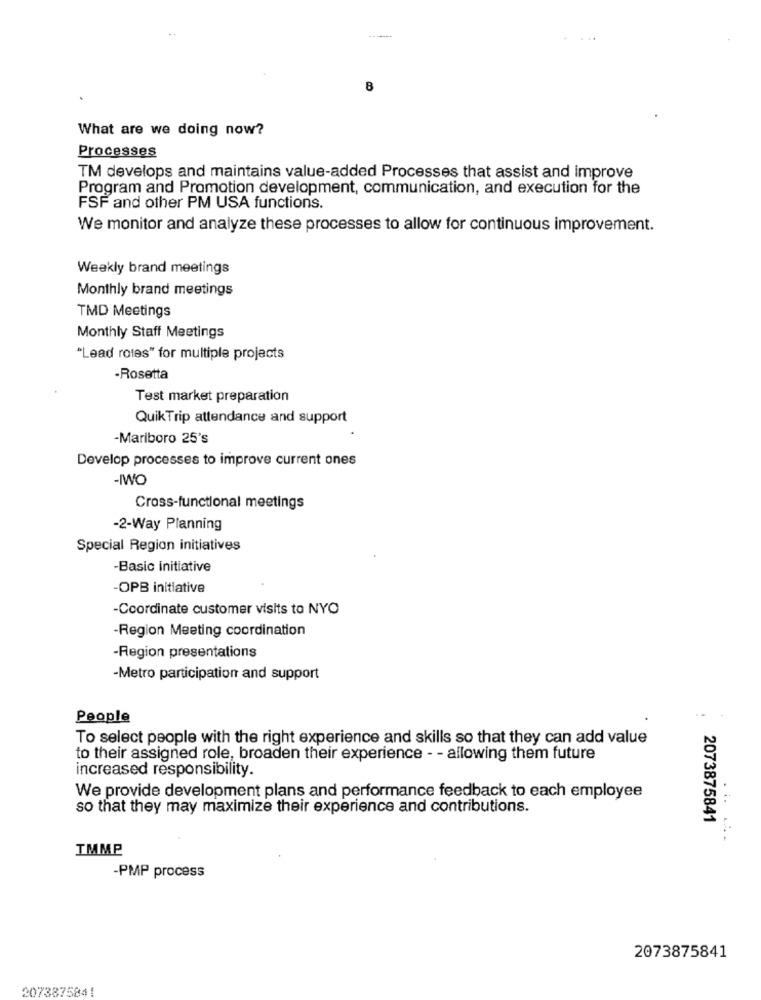
8
What are we doing now?
Processes
TM develops and maintains value-added Processes that assist and improve
Program and Promotion development, communication, and execution for the
FSF and other PM USA functions.
We monitor and analyze these processes to allow for continuous improvement.
Weekly brand meetings
Monthly brand meetings
TMD Meetings
Monthly Staff Meetings
"Lead rotes" for multiple projects
-Rosetta
Test market preparation
QuikTrip attendance and support
-Mariboro 25's
Develop processes to improve current ones
-IWO
Cross-functional meetings
-2-Way Planning
Special Region initiatives
-Basic initiative
-OPB initiative
-Coordinate customer visits to NYO
-Region Meeting coordination
-Region presentations
-Metro participation and support
People
To select people with the right experience and skills so that they can add value
to their assigned role, broaden their experience - - allowing them future
increased responsibility.
We provide development plans and performance feedback to each employee
...
so that they may maximize their experience and contributions.
2073875841
TMMP
-PMP process
2073875841
2073875841